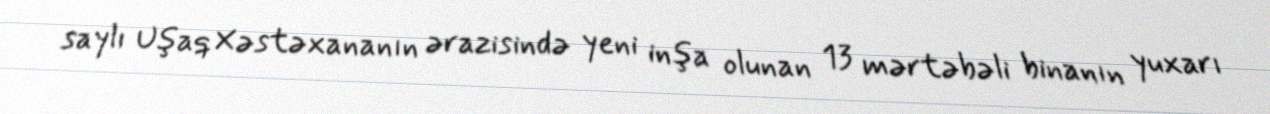
saylı Uşaq Xəstəxananın ərazisində yeni inşa olunan 13 mərtəbəli binanın yuxarı